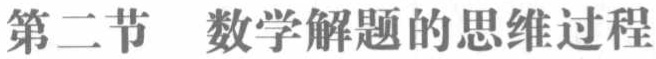
第二节  数学解题的思维过程